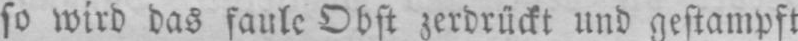
so wird das faule Obst zerdrückt und gestampft